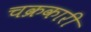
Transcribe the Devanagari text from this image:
चक्रकारी